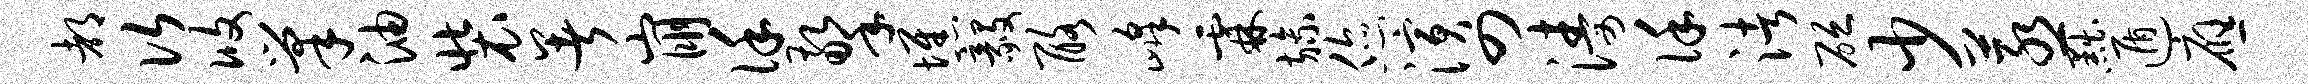
都次攸巢油装暑崩谨擎憔毅酪峰霖旒您演四涛谨渚砭少蒸黜遁应